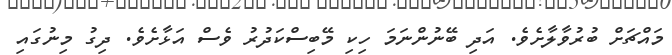
މައްޗަށް ބުރުވާލާށެވެ. އަދި ބޭނުންނަމަ ހިކި މޭބިސްކަދުރު ވެސް އަޅާށެވެ. ދިގު މިނުގައި